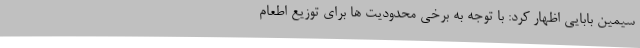
سیمین بابایی اظهار کرد: با توجه به برخی محدودیت ها برای توزیع اطعام